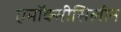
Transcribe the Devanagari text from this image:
एमॉक्सीसिलीन